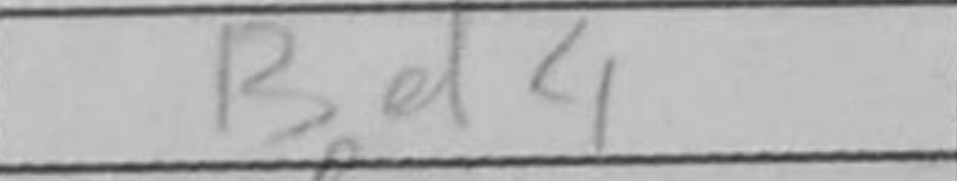
Transcription: Bd4